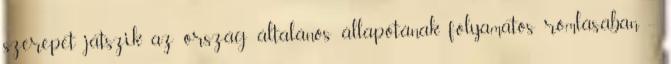
szerepet játszik az ország általános állapotának folyamatos romlásában --